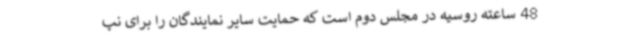
48 ساعته روسیه در مجلس دوم است که حمایت سایر نمایندگان را برای نپ